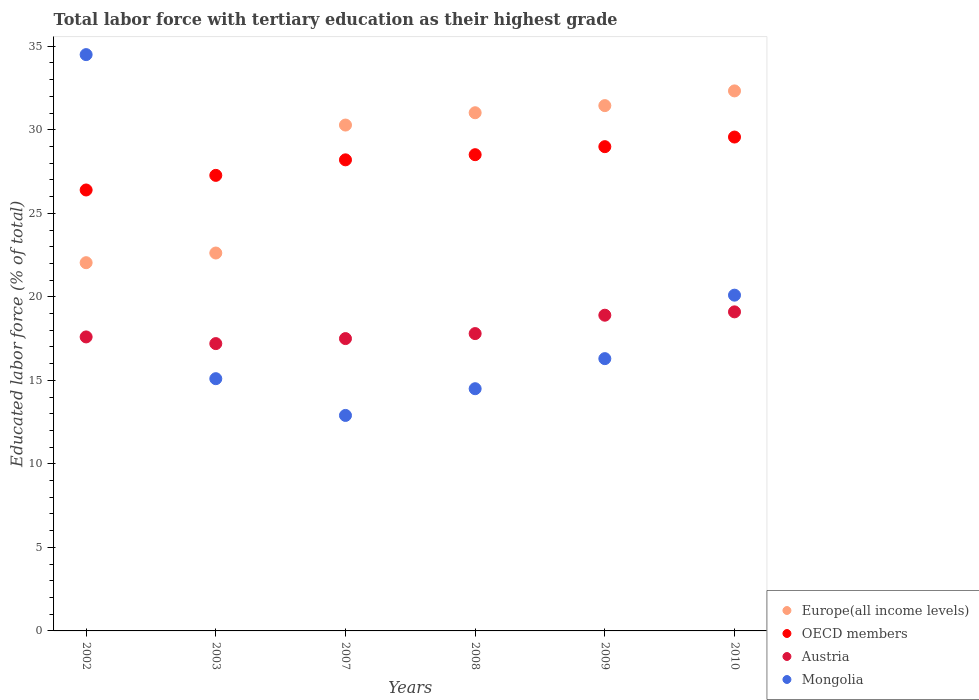
| Years | Europe(all income levels) | OECD members | Austria | Mongolia |
 | --- | --- | --- | --- | --- |
 | 2002 | 22 | 26.4 | 17.6 | 34.5 |
 | 2003 | 22.6 | 27.3 | 17.2 | 15.1 |
 | 2007 | 30.3 | 28.2 | 17.5 | 12.9 |
 | 2008 | 31 | 28.5 | 17.8 | 14.5 |
 | 2009 | 31.4 | 29 | 18.9 | 16.3 |
 | 2010 | 32.3 | 29.6 | 19.1 | 20.1 |